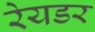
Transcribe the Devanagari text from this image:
रेयडर